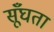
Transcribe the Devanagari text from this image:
सूँघता